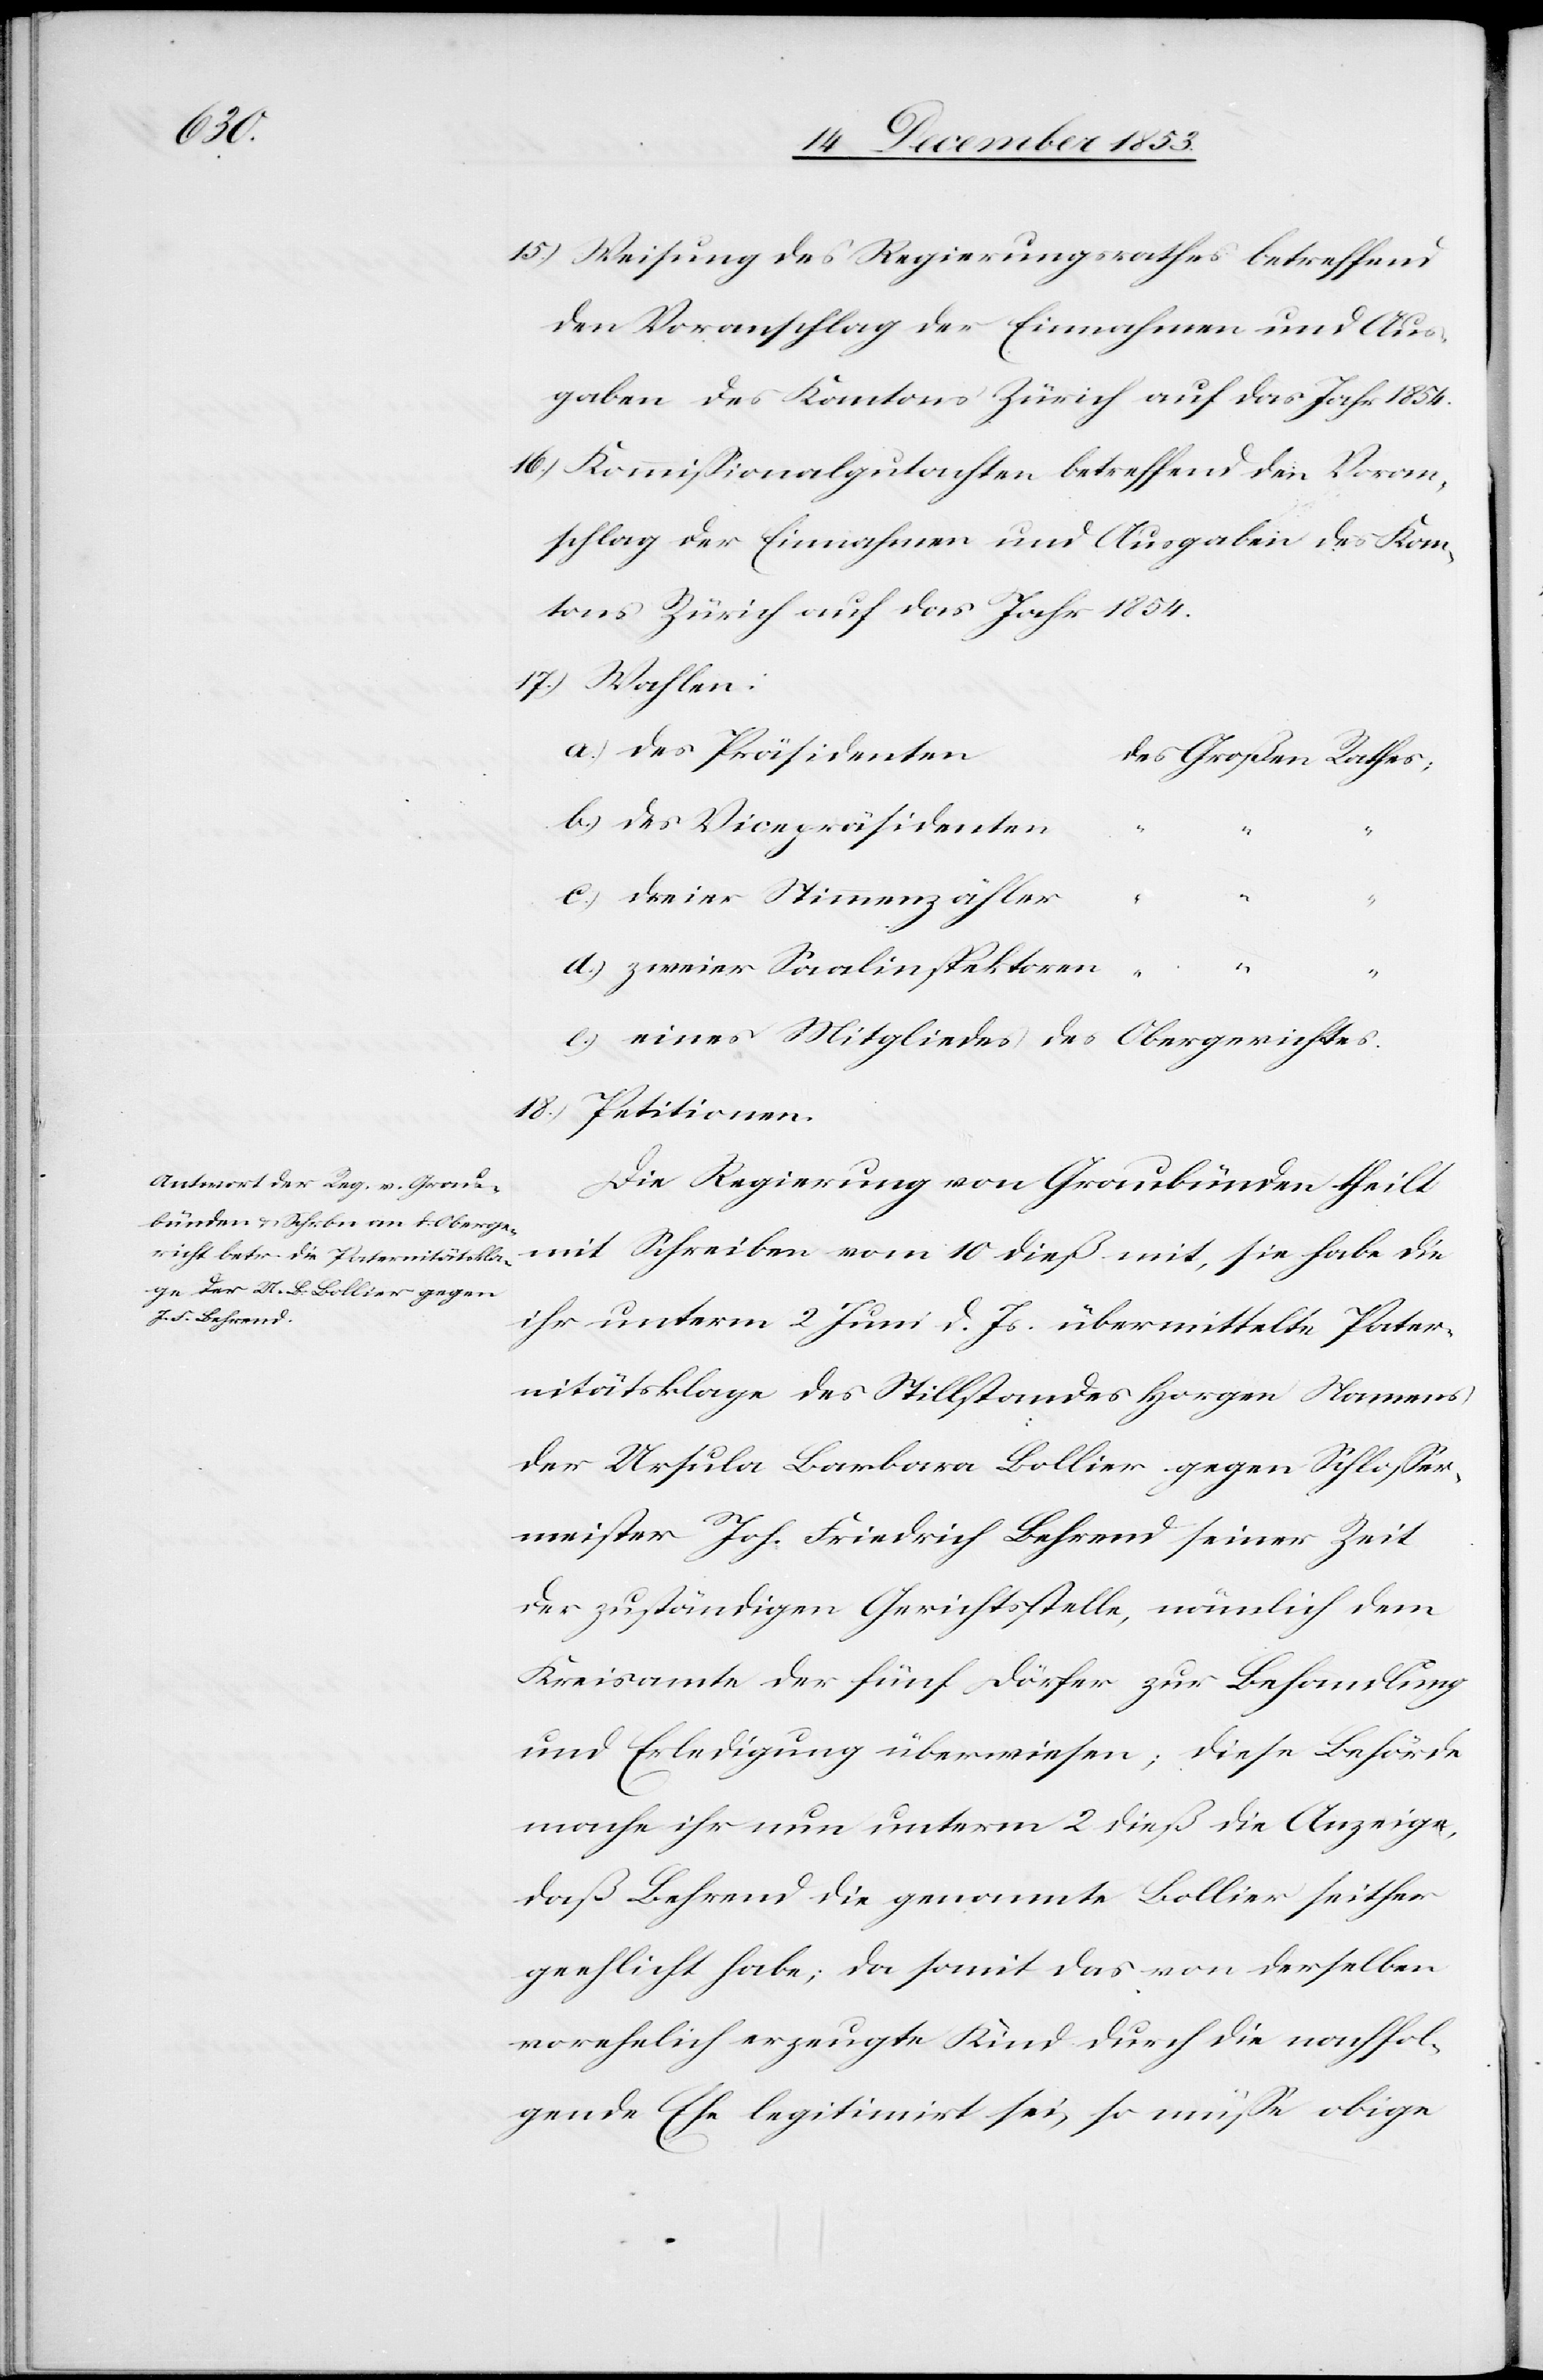
15.) Weisung des Regierungsrathes betreffend
den Voranschlag der Einnahmen und Aus¬
gaben des Kantons Zürich auf das Jahr 1854.
16.) Kommißionalgutachten betreffend den Voran¬
schlag der Einnahmen und Ausgaben des Kan¬
tons Zürich auf das Jahr 1854.
17.) Wahlen:
a) des Präsidente¬
n	des Großen Rathes;
b) des Vicepräsidente¬
n		“
d) zweier Saalinspektoren		“
ier
e) eines Mitgliedes des Obergerichtes
18.) Petitionen.
Die Regierung von Graubünden theilt
mit Schreiben vom 10 dieß mit, sie habe die
ihr unterm 2 Juni d. Js. übermittelte Pater¬
nitätsklage des Stillstandes Horgen Namens
der Ursula Barbara Bollier gegen Schloßer¬
meister Jos. Friedrich Behrend seiner Zeit
der zuständigen Gerichtsstelle, nämlich dem
Kreisamte der fünf Dörfer zur Behandlung
und Erledigung überwiesen; diese Behörde
mache ihr nun unterm 2 dieß die Anzeige,
daß Behrend die genannte Bollier seither
geehlicht habe; da somit das von derselben
vorehelich erzeugte Kind durch die nachfol¬
gende Ehe legitimirt sei, so müße obige